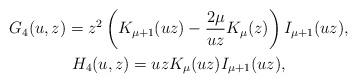
LaTeX: \begin{gather*}G_4(u,z) = z^2\left(K_{\mu+1}(uz)-\frac{2\mu}{uz}K_\mu(z)\right)I_{\mu+1}(uz),\\H_4(u,z) = uzK_\mu(uz)I_{\mu+1}(uz),\end{gather*}